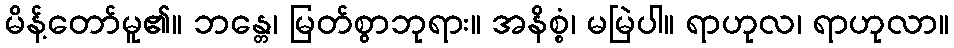
မိန့်တော်မူ၏။ ဘန္တေ၊ မြတ်စွာဘုရား။ အနိစ္စံ၊ မမြဲပါ။ ရာဟုလ၊ ရာဟုလာ။